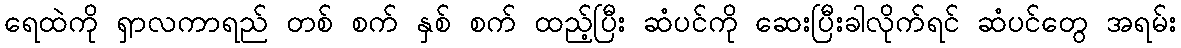
ရေထဲကို ရှာလကာရည် တစ် စက် နှစ် စက် ထည့်ပြီး ဆံပင်ကို ဆေးပြီးခါလိုက်ရင် ဆံပင်တွေ အရမ်း